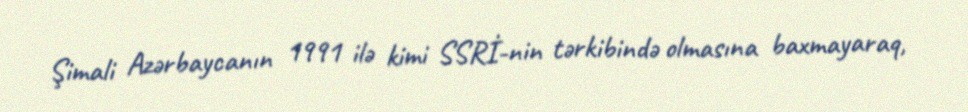
Şimali Azərbaycanın 1991 ilə kimi SSRİ-nin tərkibində olmasına baxmayaraq,